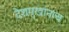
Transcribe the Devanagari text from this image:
देशमुखांनाच